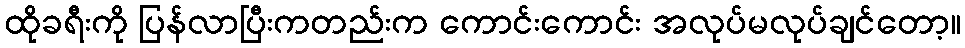
ထိုခရီးကို ပြန်လာပြီးကတည်းက ကောင်းကောင်း အလုပ်မလုပ်ချင်တော့။